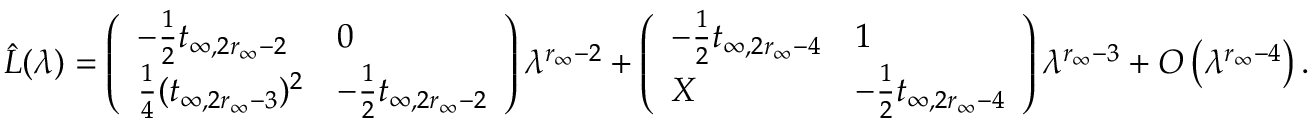
\hat { L } ( \lambda ) = \left( \begin{array} { l l } { - \frac { 1 } { 2 } t _ { \infty , 2 r _ { \infty } - 2 } } & { 0 } \\ { \frac { 1 } { 4 } ( t _ { \infty , 2 r _ { \infty } - 3 } ) ^ { 2 } } & { - \frac { 1 } { 2 } t _ { \infty , 2 r _ { \infty } - 2 } } \end{array} \right) \lambda ^ { r _ { \infty } - 2 } + \left( \begin{array} { l l } { - \frac { 1 } { 2 } t _ { \infty , 2 r _ { \infty } - 4 } } & { 1 } \\ { X } & { - \frac { 1 } { 2 } t _ { \infty , 2 r _ { \infty } - 4 } } \end{array} \right) \lambda ^ { r _ { \infty } - 3 } + O \left( \lambda ^ { r _ { \infty } - 4 } \right) .